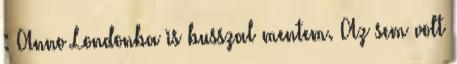
: Anno Londonba is busszal mentem. Az sem volt